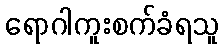
ရောဂါကူးစက်ခံရသူ